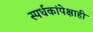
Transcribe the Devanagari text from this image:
स्पर्धकांपेक्षाही